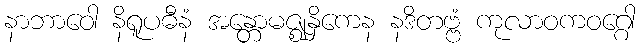
နာဘာဝေါ နိရူပဓီနံ အန္တောမဇ္ဈနှိကေန နဒိတဗ္ဗံ ကုလာဝကဝဂ္ဂေါ